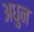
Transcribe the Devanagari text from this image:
अधुन